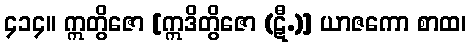
၄၁၄။ ဣတွိဇော [ဣဒိတွိဇော (ဋီ.)] ယာဇကော စာထ၊